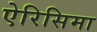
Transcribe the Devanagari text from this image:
ऐरिसिमा